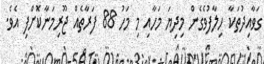
ގަވާއިދުތަކާ ހިލާފުވެގެން މިދިޔަ މަހާއި މި މަހު 88 ފަރާތެއް ޖޫރިމަނާކޮށްފި އެވެ.